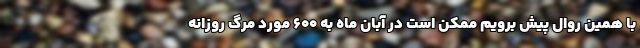
با همین روال پیش برویم ممکن است در آبان ماه به ۶۰۰ مورد مرگ روزانه